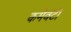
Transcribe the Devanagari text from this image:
कमेवंटी